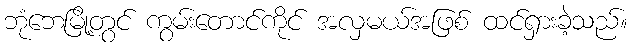
ဘုံဘေမြို့တွင် ကွမ်းတောင်ကိုင် အလှမယ်အဖြစ် ထင်ရှားခဲ့သည်။